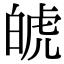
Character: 𤽾